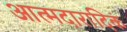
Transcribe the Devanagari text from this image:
आत्मदारादिकं